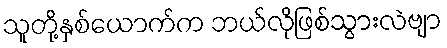
သူတို့နှစ်ယောက်က ဘယ်လိုဖြစ်သွားလဲဗျာ